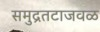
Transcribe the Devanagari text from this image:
समुद्रतटाजवळ